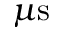
\mu \mathrm { s }